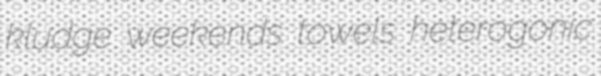
kludge weekends towels heterogonic